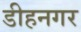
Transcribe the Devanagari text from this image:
डीहनगर